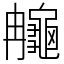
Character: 䶲